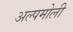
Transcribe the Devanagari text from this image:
अल्पमोली